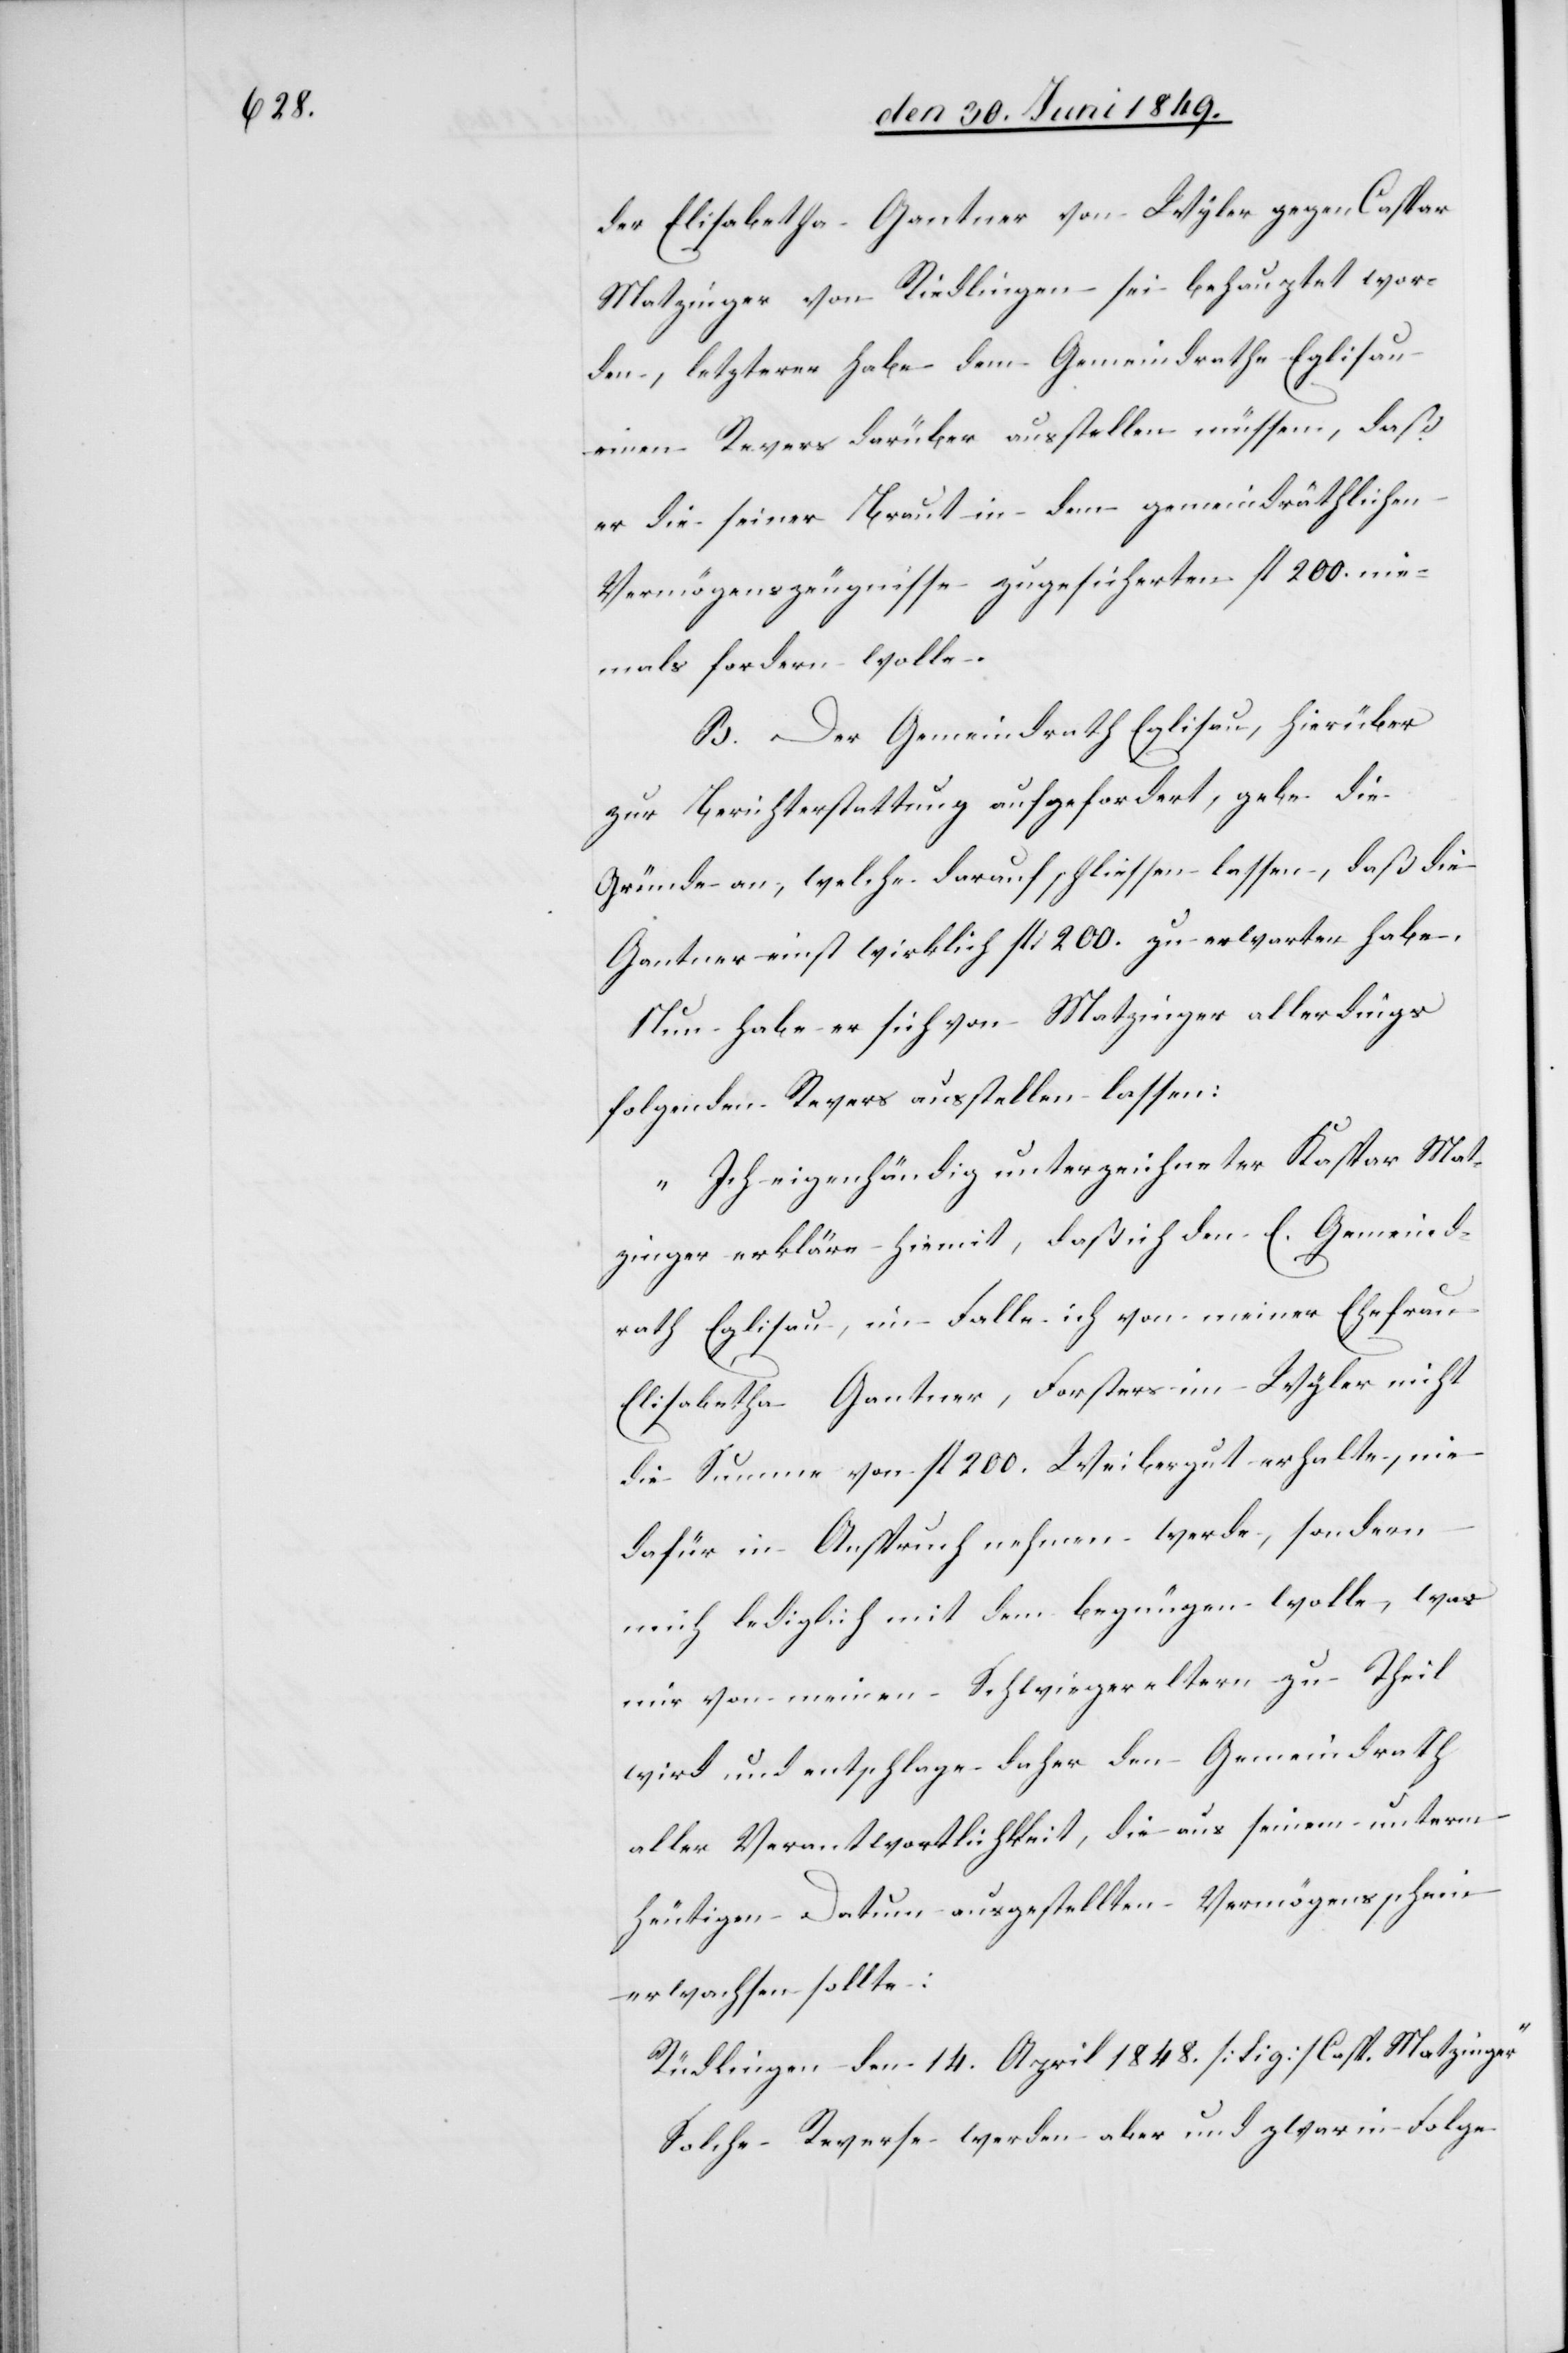
der Elisabetha Gantner von Wyler gegen Caspar
Matzinger von Riedlingen sei behauptet wor¬
den, letzterer habe dem Gemeindrathe Eglisau
einen Revers darüber ausstellen müssen, daß
er die seiner Braut in dem gemeindräthlichen
Vermögenszeugnisse zugesicherten fl. 200. nie¬
mals fordern wolle.
B. Der Gemeindrath Eglisau, hierüber
zur Berichterstattung aufgefordert, gebe die
Gründe an, welche darauf schliessen lassen, daß die
Gantner einst wirklich fl. 200. zu erwarten habe.
Nun habe er sich von Matzinger allerdings
folgenden Revers ausstellen lassen:
„Ich eigenhändig unterzeichneter Kaspar Mat¬
zinger erkläre hiemit, daß ich den E. Gemeind¬
rath Eglisau, im Falle ich von meiner Ehefrau
Elisabetha Gantner, Forsters im Wyler nicht
die Summe von fl. 200. Weibergut erhalte, nie
dafür in Anspruch nehmen werde, sondern
mich lediglich mit dem begnügen wolle, was
mir von meinen Schwiegereltern zu Theil
wird und entschlage daher den Gemeindrath
aller Verantwortlichkeit, die aus seinem unterm
heutigen Datum ausgestellten Vermögensschein
erwachsen sollte:
Rüdlingen den 14. April 1848. [Sig] Casp. Matzinger.“
Solche Reverse werden aber und zwar in Folge